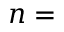
n =